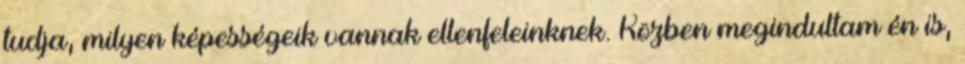
tudja, milyen képességeik vannak ellenfeleinknek. Közben megindultam én is,